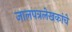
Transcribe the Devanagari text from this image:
जालपत्रलेखकांचे